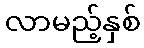
လာမည့်နှစ်